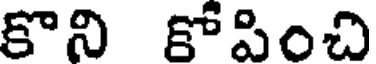
కొని కోపించి